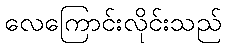
လေကြောင်းလိုင်းသည်